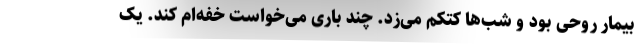
بیمار روحی بود و شب‌ها کتکم می‌زد. چند باری می‌خواست خفه‌ام کند. یک